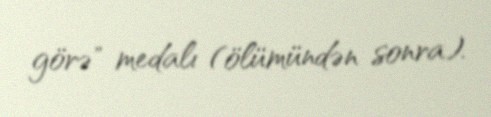
görə" medalı (ölümündən sonra).